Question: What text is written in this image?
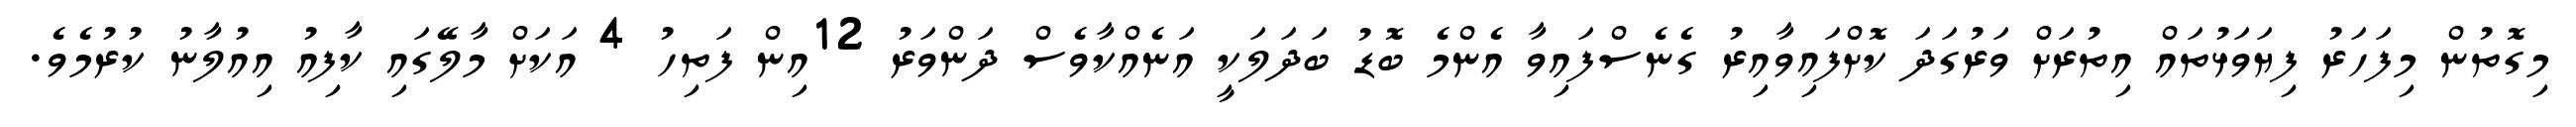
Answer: މިގޮތުން މިފަހަރު ފިޔަވަޅުތައް އިތުރަށް ވަރުގަދަ ކޮށްފައިވާއިރު ގެނެސްފައިވާ އެންމެ ބޮޑު ބަދަލަކީ އަނެއްކާވެސް ދަންވަރު 12އިން ފަތިހު 4 އަކަށް މާލޭގައި ކާފިއު އިއުލާނު ކުރުމެވެ.